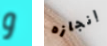
و إنجازه